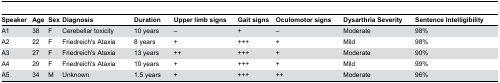
<table><thead><tr><td><b>Speaker</b></td><td><b>Age</b></td><td><b>Sex</b></td><td><b>Diagnosis</b></td><td><b>Duration</b></td><td><b>Upper limb signs</b></td><td><b>Gait signs</b></td><td><b>Oculomotor signs</b></td><td><b>Dysarthria Severity</b></td><td><b>Sentence Intelligibility</b></td></tr></thead><tbody><tr><td>A1</td><td>38</td><td>F</td><td>Cerebellar toxicity</td><td>10 years</td><td>–</td><td>+</td><td>–</td><td>Moderate</td><td>98%</td></tr><tr><td>A2</td><td>22</td><td>F</td><td>Friedreich&#x27;s Ataxia</td><td>8 years</td><td>+</td><td>+++</td><td>+</td><td>Mild</td><td>98%</td></tr><tr><td>A3</td><td>27</td><td>F</td><td>Friedreich&#x27;s Ataxia</td><td>13 years</td><td>++</td><td>+++</td><td>+</td><td>Moderate</td><td>90%</td></tr><tr><td>A4</td><td>29</td><td>F</td><td>Friedreich&#x27;s Ataxia</td><td>10 years</td><td>+</td><td>+++</td><td>+</td><td>Mild</td><td>99%</td></tr><tr><td>A5</td><td>34</td><td>M</td><td>Unknown </td><td>1.5 years</td><td>+</td><td>+++</td><td>++</td><td>Moderate</td><td>96%</td></tr></tbody></table>